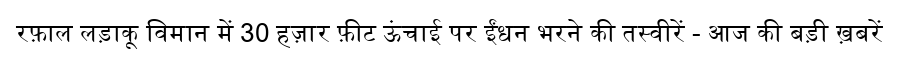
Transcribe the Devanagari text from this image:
रफ़ाल लड़ाकू विमान में 30 हज़ार फ़ीट ऊंचाई पर ईंधन भरने की तस्वीरें - आज की बड़ी ख़बरें